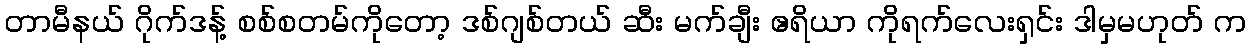
တာမီနယ် ဂိုက်ဒန့် စစ်စတမ်ကိုတော့ ဒစ်ဂျစ်တယ် ဆီး မက်ချီး ဧရိယာ ကိုရက်လေးရှင်း ဒါမှမဟုတ် က